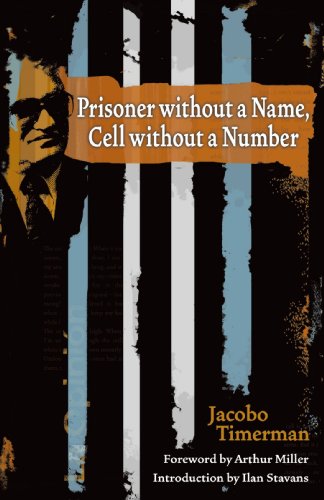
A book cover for Prisoner without a Name, Cell without a Number (The Americas); Jacobo Timerman; Biographies & Memoirs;